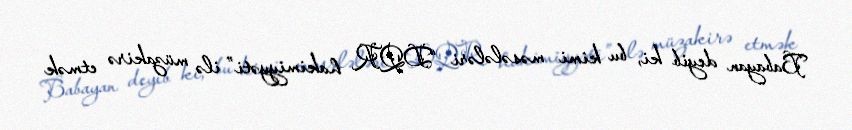
Babayan deyib ki, bu kimi məsələləri “DQR hakimiyyəti” ilə müzakirə etmək